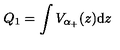
Q _ { 1 } = \int V _ { \alpha _ { + } } ( z ) \mathrm { d } z